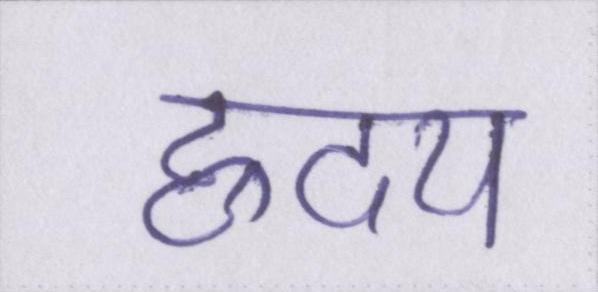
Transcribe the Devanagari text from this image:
ह्रदय